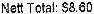
NETT TOTAL: $8.60